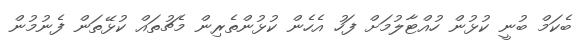
ބެކަމް ބުނީ ކުޅުން ހުއްޓާލުމަށް ފަހު އެހެން ކުޅުންތެރިން މެޗުތައް ކުޅޭތަން ފެނުމުން